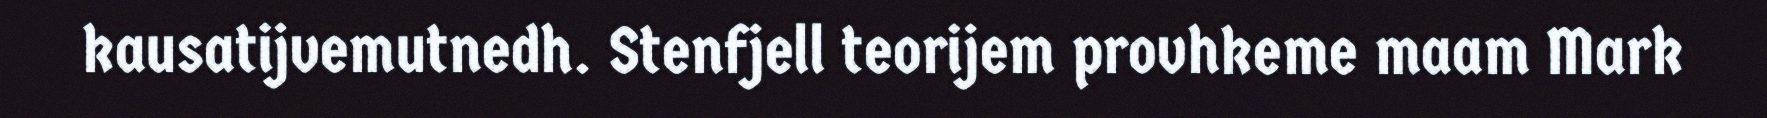
kausatijvemutnedh. Stenfjell teorijem provhkeme maam Mark